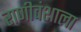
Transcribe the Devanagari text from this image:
राणीवंशाला